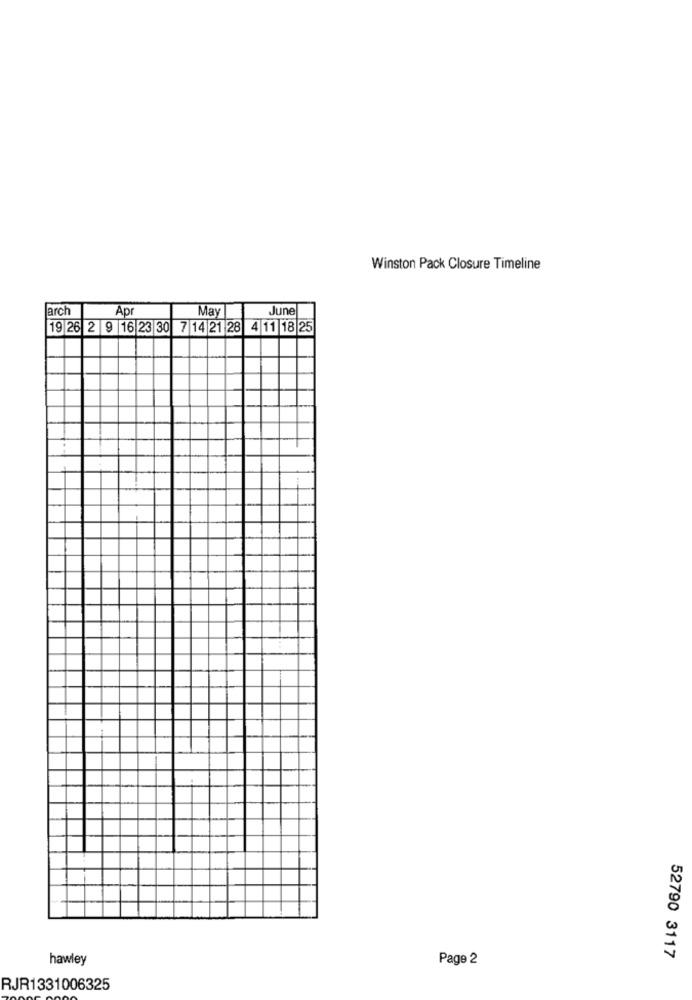
Winston Pack Closure Timeline
arch
Apr
May
June
19 26 2 9 16 23 30 7 14 21 28 4 11 18 25
hawley
Page 2
52790 3117
RJR1331006325